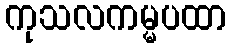
ကုသလကမ္မပထာ